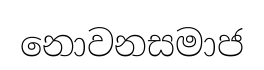
නොවනසමාජ